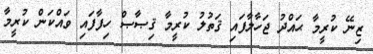
ޒިނޭ ކުރީމާ ޙައްދު ޖަހާލާފައި ޤަތުލު ކުރީމާ ޤިޞާޞް ހިފާފައި ވައްކަން ކުރީމާ